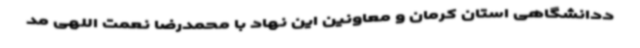
ددانشگاهی استان کرمان و معاونین این نهاد با محمدرضا نعمت اللهی مد